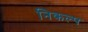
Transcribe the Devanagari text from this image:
निकल्प